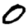
Digit: 0